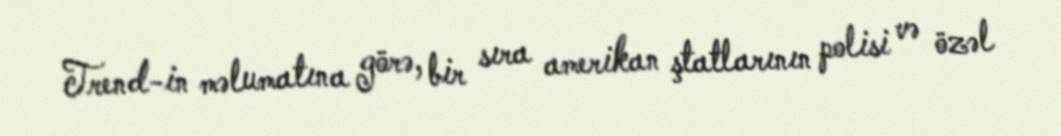
Trend-in məlumatına görə, bir sıra amerikan ştatlarının polisi və özəl